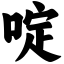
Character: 啶